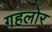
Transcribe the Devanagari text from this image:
गहलोर